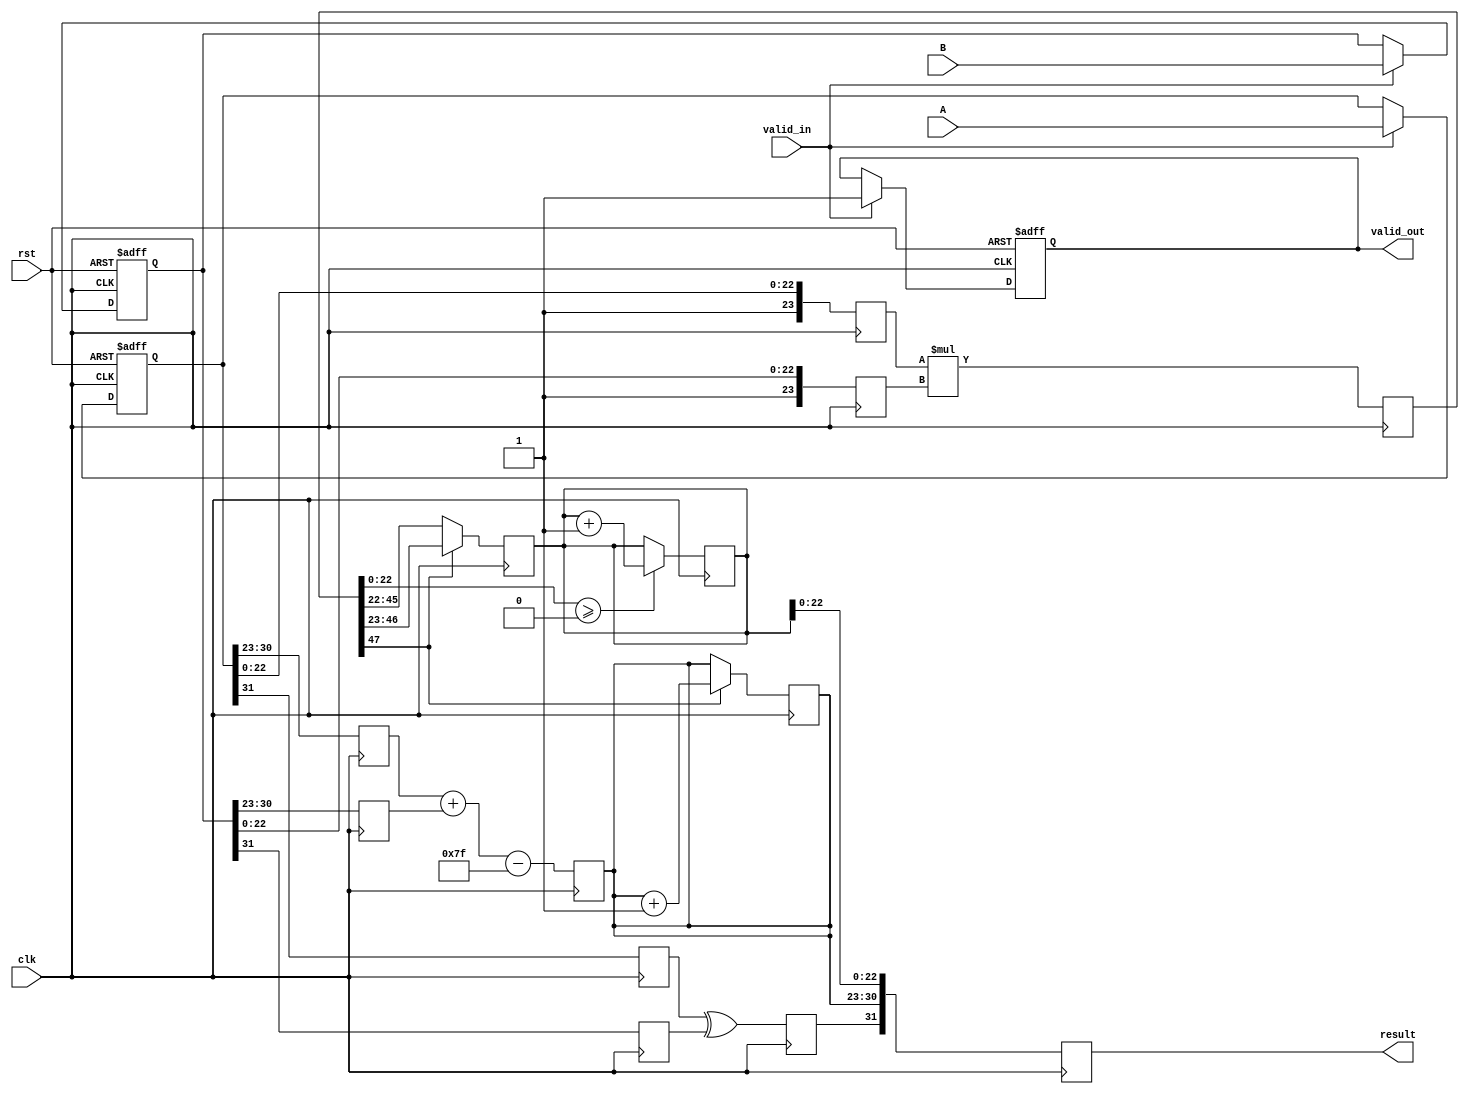
module fp_multiplier (
    input clk,
    input rst,
    input valid_in,
    input [31:0] A, // 32-bit floating-point input A
    input [31:0] B, // 32-bit floating-point input B
    output reg valid_out,
    output reg [31:0] result // 32-bit floating-point output
);

    // Internal signals
    reg [31:0] A_reg, B_reg;
    reg [7:0] exp_A, exp_B, exp_result;
    reg [23:0] mant_A, mant_B, mant_result;
    reg sign_A, sign_B, sign_result;
    reg [47:0] mant_product; // Intermediate product of mantissas
    reg [4:0] shift_count; // For normalization

    // Pipeline stages
    // Stage 1: Input Register
    always @(posedge clk or posedge rst) begin
        if (rst) begin
            A_reg <= 32'b0;
            B_reg <= 32'b0;
            valid_out <= 1'b0;
        end else if (valid_in) begin
            A_reg <= A;
            B_reg <= B;
            valid_out <= 1'b1;
        end
    end

    // Stage 2: Decompose inputs
    always @(posedge clk) begin
        {sign_A, exp_A, mant_A} <= {A_reg[31], A_reg[30:23], {1'b1, A_reg[22:0]}}; // Implicit leading 1
        {sign_B, exp_B, mant_B} <= {B_reg[31], B_reg[30:23], {1'b1, B_reg[22:0]}};
    end

    // Stage 3: Multiplication of mantissas
    always @(posedge clk) begin
        mant_product <= mant_A * mant_B; // Multiply mantissas
        exp_result <= exp_A + exp_B - 8'd127; // Adjust exponent for bias
        sign_result <= sign_A ^ sign_B; // XOR for sign
    end

    // Stage 4: Normalize the result
    always @(posedge clk) begin
        if (mant_product[47]) begin
            mant_result <= mant_product[46:23]; // Shift right if overflow
            exp_result <= exp_result + 1;
        end else begin
            mant_result <= mant_product[45:22]; // Normal case
        end
    end

    // Stage 5: Rounding (simple round to nearest)
    always @(posedge clk) begin
        if (mant_product[22:0] >= 24'd0) begin
            mant_result <= mant_result + 1; // Round up if necessary
        end
    end

    // Stage 6: Output result
    always @(posedge clk) begin
        result <= {sign_result, exp_result[7:0], mant_result[22:0]};
    end

endmodule